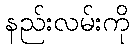
နည်းလမ်းကို